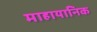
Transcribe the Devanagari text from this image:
माहायानिक